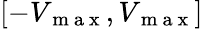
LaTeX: [-V_{\mathrm{~m~a~x~}},V_{\mathrm{~m~a~x~}}]